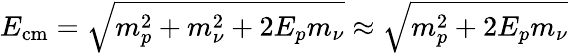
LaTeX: E_{\mathrm{cm}}=\sqrt{m_{p}^{2}+m_{\nu}^{2}+2E_{p}m_{\nu}}\approx\sqrt{m_{p}^{2}+2E_{p}m_{\nu}}